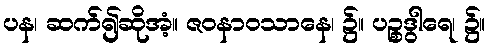
ပန၊ ဆက်၍ဆိုအံ့။ ဇဝနာဝသာနေ၊ ၌။ ပဉ္စဒွါရေ၊ ၌။